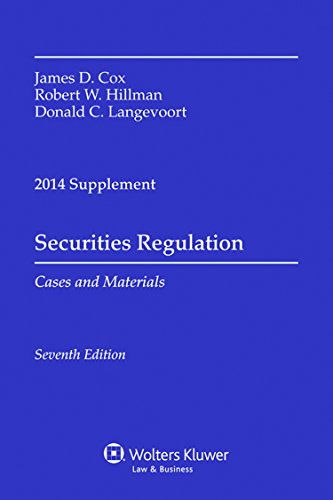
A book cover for Securities Regulation Cases and Materials Supplement; James D. Cox; Law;